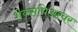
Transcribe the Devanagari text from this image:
शेक्सपिअरवर